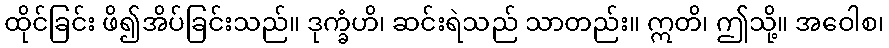
ထိုင်ခြင်း ဖိ၍အိပ်ခြင်းသည်။ ဒုက္ခံဟိ၊ ဆင်းရဲသည် သာတည်း။ ဣတိ၊ ဤသို့။ အဝေါစ၊